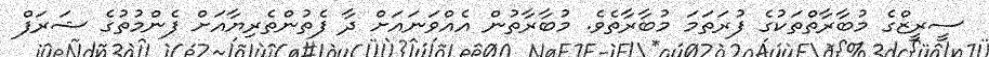
ސީރީޒްގެ މުބާރާތްތަކުގެ ފުރަތަމަ މުބާރާތެވެ. މުބާރާތުން އެއްވަނައަށް ދާ ފެތުންތެރިޔާއަށް ފެންމުތުގެ ޝަރަފް